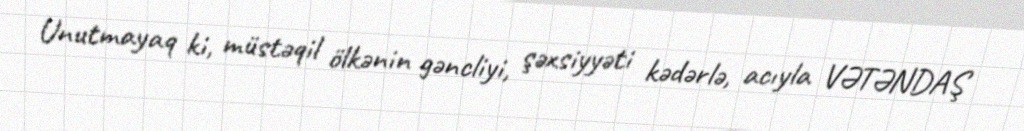
Unutmayaq ki, müstəqil ölkənin gəncliyi, şəxsiyyəti kədərlə, acıyla VƏTƏNDAŞ